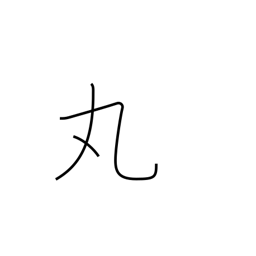
Meaning: make round